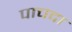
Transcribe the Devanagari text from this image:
पाचदा